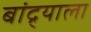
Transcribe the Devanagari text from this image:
बांद्र्याला